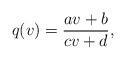
LaTeX: \begin{align*}q(v)=\frac{a v+b}{cv+d},\end{align*}